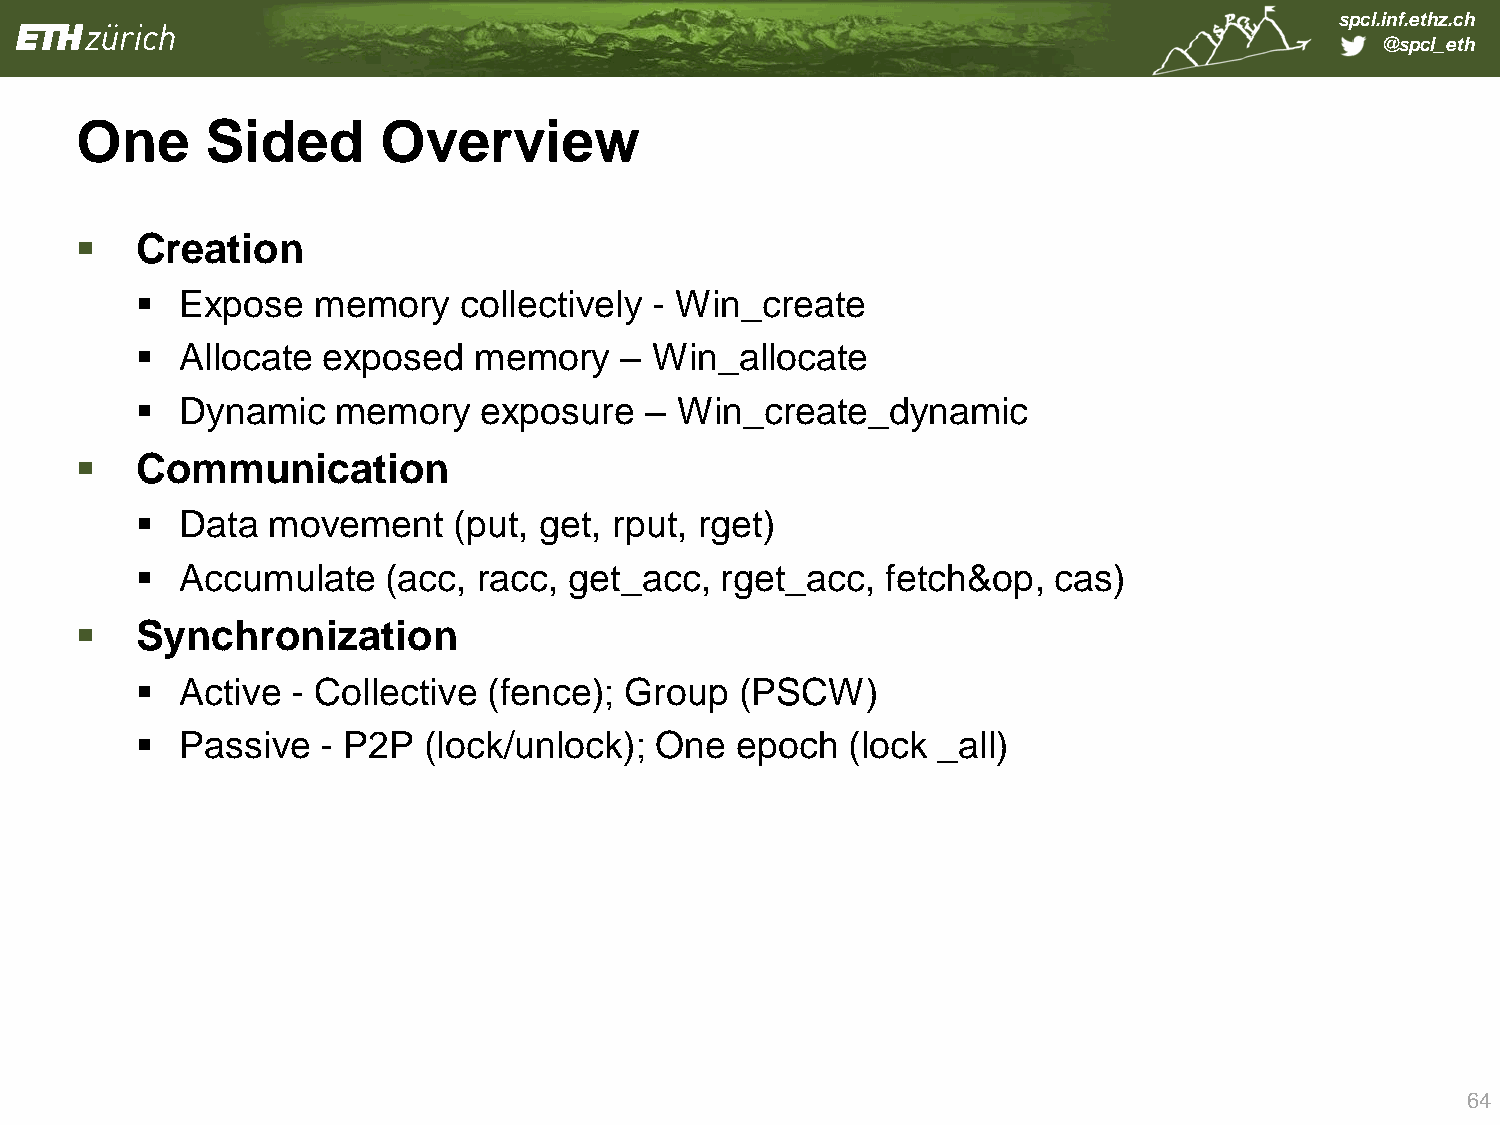
spcl.inf.ethz.ch
 @spcl_eth
 One      Sided      Overview
    Creation
   Expose   memory   collectively - Win_create
   Allocate exposed   memory    – Win_allocate
   Dynamic   memory    exposure   – Win_create_dynamic
    Communication
   Data  movement    (put, get, rput, rget)
   Accumulate   (acc,  racc, get_acc,  rget_acc,  fetch&op,  cas)
    Synchronization
   Active - Collective (fence); Group   (PSCW)
   Passive  - P2P  (lock/unlock); One   epoch  (lock _all)
 64